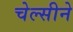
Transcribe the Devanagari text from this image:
चेल्सीने